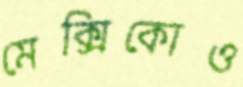
মেক্সিকোও